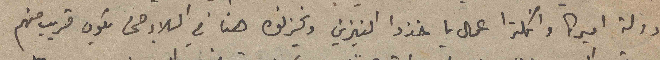
دولة اميركا وانكلترا عمال ياخذوا البنزين ويخزنوه هنا في البلاد حتى يكون قريب منهم